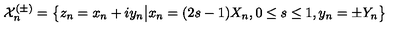
\mathcal { X } _ { n } ^ { ( \pm ) } = \bigl \{ z _ { n } = x _ { n } + i y _ { n } \big \vert x _ { n } = ( 2 s - 1 ) X _ { n } , 0 \le s \le 1 , y _ { n } = \pm Y _ { n } \bigr \}